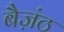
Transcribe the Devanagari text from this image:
बैज़ंठ